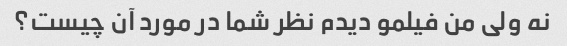
نه ولی من فیلمو دیدم نظر شما در مورد آن چیست؟